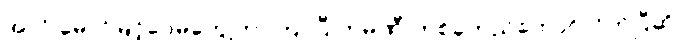
အလို မောင်မြင့်ဝေမတွေ့တာကြာပြီ ကုမ္ပဏီ တစ်ခုတည်ထောင်လိုက်ပြီဆို။